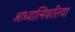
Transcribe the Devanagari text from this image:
आध्यात्मिकरित्या